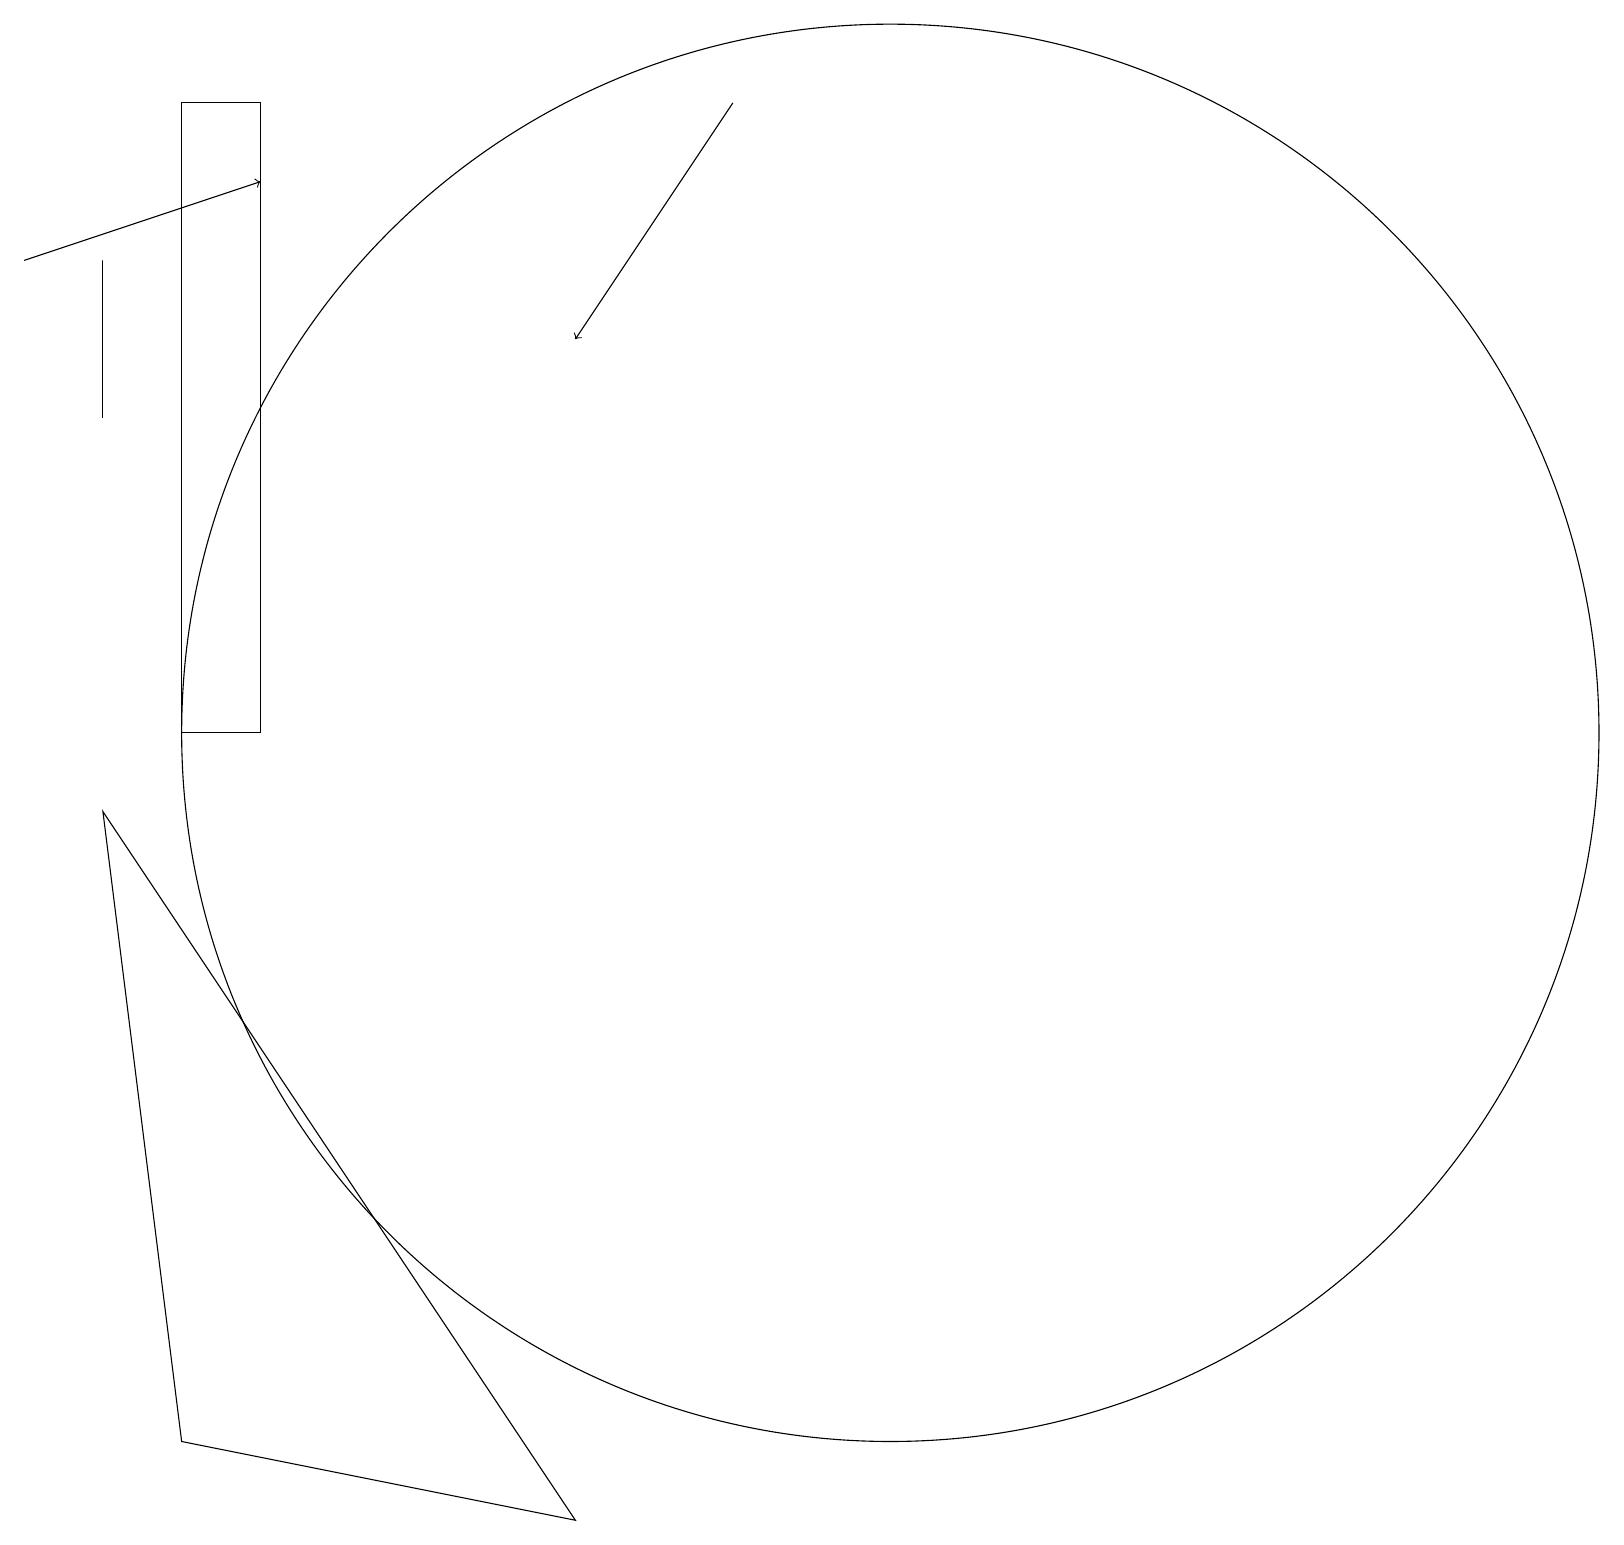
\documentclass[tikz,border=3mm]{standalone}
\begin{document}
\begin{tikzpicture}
\draw (2,1) -- (7,0) -- (1,9) -- cycle;
\draw[->] (0,16) -- (3,17);
\draw (1,16) rectangle (1,14);
\draw (11,10) circle (9);
\draw[->] (9,18) -- (7,15);
\draw (3,18) rectangle (2,10);
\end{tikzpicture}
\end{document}